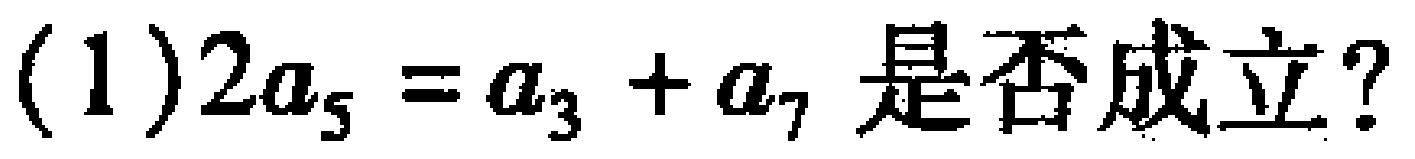
(1)$2a_{5}=a_{3}+a_{7}$是否成立？